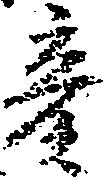
彦